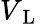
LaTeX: V_{\mathrm{~L~}}